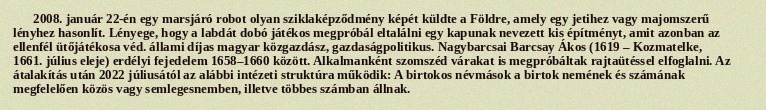
2008. január 22-én egy marsjáró robot olyan sziklaképződmény képét küldte a Földre, amely egy jetihez vagy majomszerű lényhez hasonlít. Lényege, hogy a labdát dobó játékos megpróbál eltalálni egy kapunak nevezett kis építményt, amit azonban az ellenfél ütőjátékosa véd. állami díjas magyar közgazdász, gazdaságpolitikus. Nagybarcsai Barcsay Ákos (1619 – Kozmatelke, 1661. július eleje) erdélyi fejedelem 1658–1660 között. Alkalmanként szomszéd várakat is megpróbáltak rajtaütéssel elfoglalni. Az átalakítás után 2022 júliusától az alábbi intézeti struktúra működik: A birtokos névmások a birtok nemének és számának megfelelően közös vagy semlegesnemben, illetve többes számban állnak.